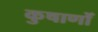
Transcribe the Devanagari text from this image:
कुषाणोँ